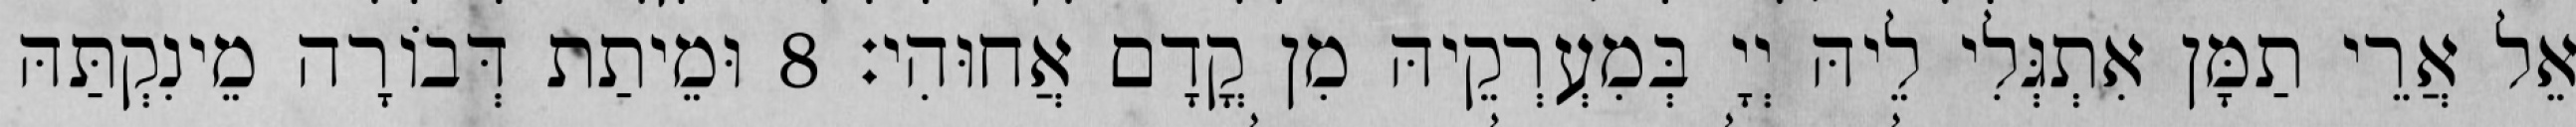
אֵל אֲרֵי תַמָּן אִתְגְּלִי לֵיהּ יְיָ בְּמִעְרְקֵיהּ מִן קֳדָם אֲחוּהִי׃ 8 וּמֵיתַת דְּבוֹרָה מֵינִקְתַּהּ